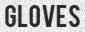
GLOVES